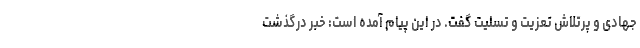
جهادی و پرتلاش تعزیت و تسلیت گفت. در این پیام آمده است: خبر درگذشت